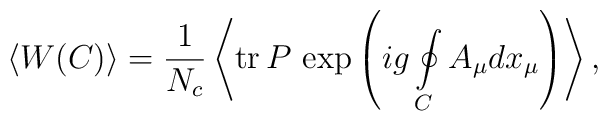
\left<W(C)\right>=\frac{1}{N_c}\left<{\rm tr}{\,} P{\,} \exp\left(ig\oint \limits_C^{}A_\mu dx_\mu\right)\right>,